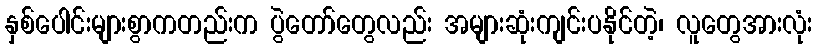
နှစ်ပေါင်းများစွာကတည်းက ပွဲတော်တွေလည်း အများဆုံးကျင်းပနိုင်တဲ့၊ လူတွေအားလုံး